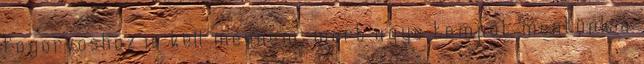
fogorvoshoz is kell mennem, mert ugye tempót mentünk a